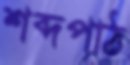
শব্দপাঠ